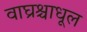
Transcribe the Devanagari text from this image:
वाघ्रश्चाधूल